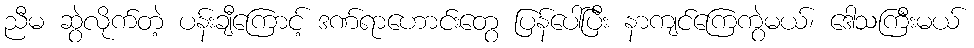
ညီမ ဆွဲလိုက်တဲ့ ပန်းချီကြောင့် ဒဏ်ရာဟောင်းတွေ ပြန်ပေါ်ပြီး နာကျင်ကြေကွဲမယ်၊ ဒေါသကြီးမယ်